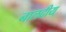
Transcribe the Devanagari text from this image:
नालदीय